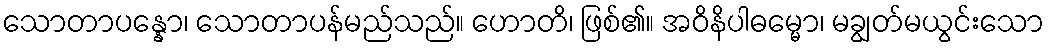
သောတာပန္နော၊ သောတာပန်မည်သည်။ ဟောတိ၊ ဖြစ်၏။ အဝိနိပါဓမ္မော၊ မချွတ်မယွင်းသော